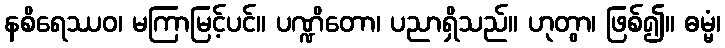
နစိရေဿဝ၊ မကြာမြင့်ပင်။ ပဏ္ဍိတော၊ ပညာရှိသည်။ ဟုတွာ၊ ဖြစ်၍။ ဓမ္မံ၊